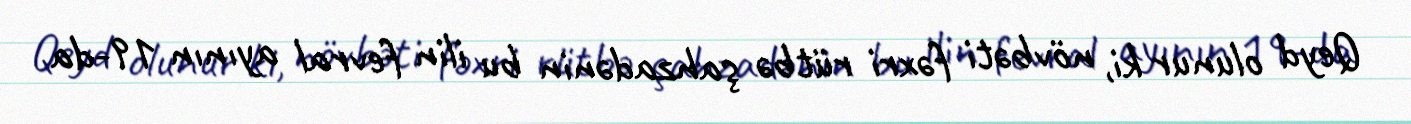
Qeyd olunur ki, növbəti fəxri rütbə şahzadənin bu ilin fevral ayının 19-da